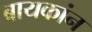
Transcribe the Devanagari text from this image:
बायकांन